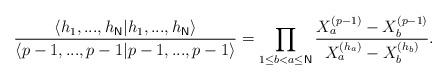
LaTeX: \begin{align*}\frac{\langle h_{1},...,h_{\mathsf{N}}|h_{1},...,h_{\mathsf{N}}\rangle }{\langle p-1,...,p-1|p-1,...,p-1\rangle }=\prod_{1\leq b<a\leq \mathsf{N}}\frac{X_{a}^{\left( p-1\right) }-X_{b}^{\left( p-1\right) }}{X_{a}^{\left(h_{a}\right) }-X_{b}^{\left( h_{b}\right) }}. \end{align*}